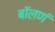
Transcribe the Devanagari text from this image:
बॉलणं